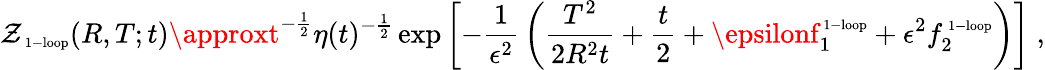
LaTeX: \mathcal{Z}_{\mathrm{{\scriptsize~1-loop}}}(R,T;t)\approxt^{-{\frac{{1}}{{2}}}}\eta(t)^{-{\frac{{1}}{{2}}}}\exp\left[-{\frac{{1}}{{\epsilon^{2}}}}\left({\frac{{T^{2}}}{{2R^{2}t}}}+{\frac{{t}}{{2}}}+\epsilonf_{1}^{\mathrm{{\scriptsize~1-loop}}}+\epsilon^{2}f_{2}^{\mathrm{{\scriptsize~1-loop}}}\right)\right]\; ,